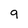
Character: g